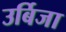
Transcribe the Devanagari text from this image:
उर्बिजा